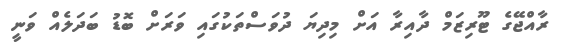
ރާއްޖޭގެ ޓޫރިޒަމް ދާއިރާ އަށް މިދިޔަ ދުވަސްތަކުގައި ވަރަށް ބޮޑު ބަދަލެއް ވަނީ